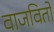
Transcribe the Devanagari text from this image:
वाजवितो